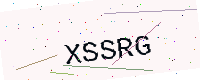
Text: XSSRG